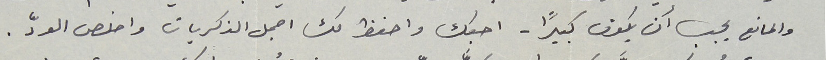
والمانع يجب أن يكون كبيرًا - احبك واحفظ لك اجمل الذكريات واخلص الودّ .